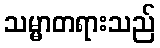
သမ္မာတရားသည်